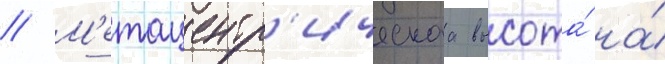
// М'етацентр'ическаа высота́ на́